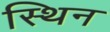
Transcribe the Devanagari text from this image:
स्थिन